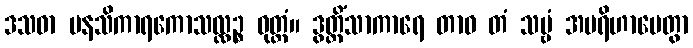
ဒသဓာ မနသိကာရကောသလ္လဉ္စ ဝုတ္တံ။ ဒွတ္တိံသာကာရေ တာဝ တံ သဗ္ဗံ အပရိဟာပေတွာ